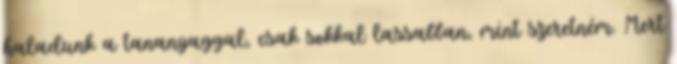
haladunk a tananyaggal, csak sokkal lassabban, mint szeretném. Mert